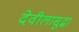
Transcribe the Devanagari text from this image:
देवीलासुद्धा